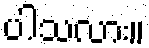
ပါသလား။